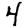
Digit: 4